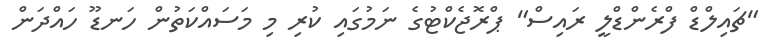
"ޗައިލްޑް ފްރެންޑްލީ ރައިސް" ޕްރޮޖެކްޓުގެ ނަމުގައި ކުރި މި މަސައްކަތުން ހަނޑޫ ހައްދަން